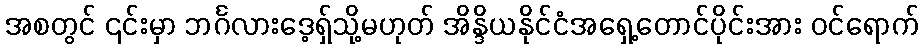
အစတွင် ၎င်းမှာ ဘင်္ဂလားဒေ့ရှ်သို့မဟုတ် အိန္ဒိယနိုင်ငံအရှေ့တောင်ပိုင်းအား ဝင်ရောက်